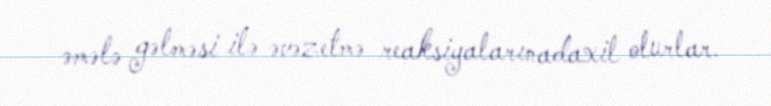
əmələ gəlməsi ilə əvəzetmə reaksiyalarınadaxil olurlar.